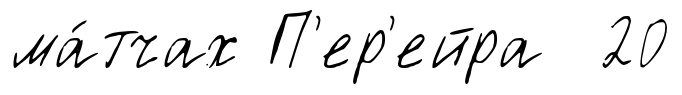
ма́тчах П'ер'ейра 20